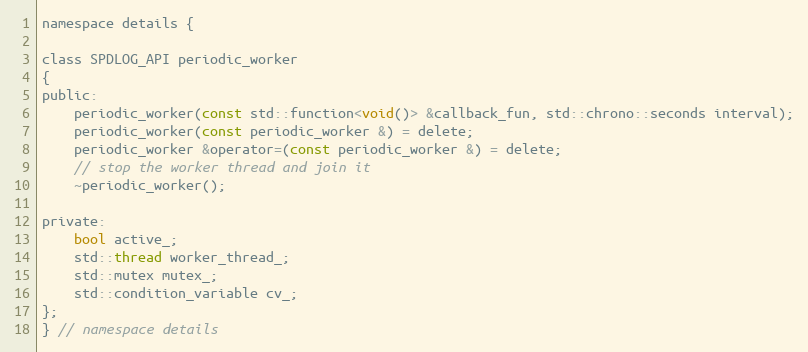
Language: C
namespace details {

class SPDLOG_API periodic_worker
{
public:
    periodic_worker(const std::function<void()> &callback_fun, std::chrono::seconds interval);
    periodic_worker(const periodic_worker &) = delete;
    periodic_worker &operator=(const periodic_worker &) = delete;
    // stop the worker thread and join it
    ~periodic_worker();

private:
    bool active_;
    std::thread worker_thread_;
    std::mutex mutex_;
    std::condition_variable cv_;
};
} // namespace details